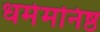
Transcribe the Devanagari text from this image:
धर्ममनिष्ठ